Jaan_Tonisson_(Lasteleht), lk 339
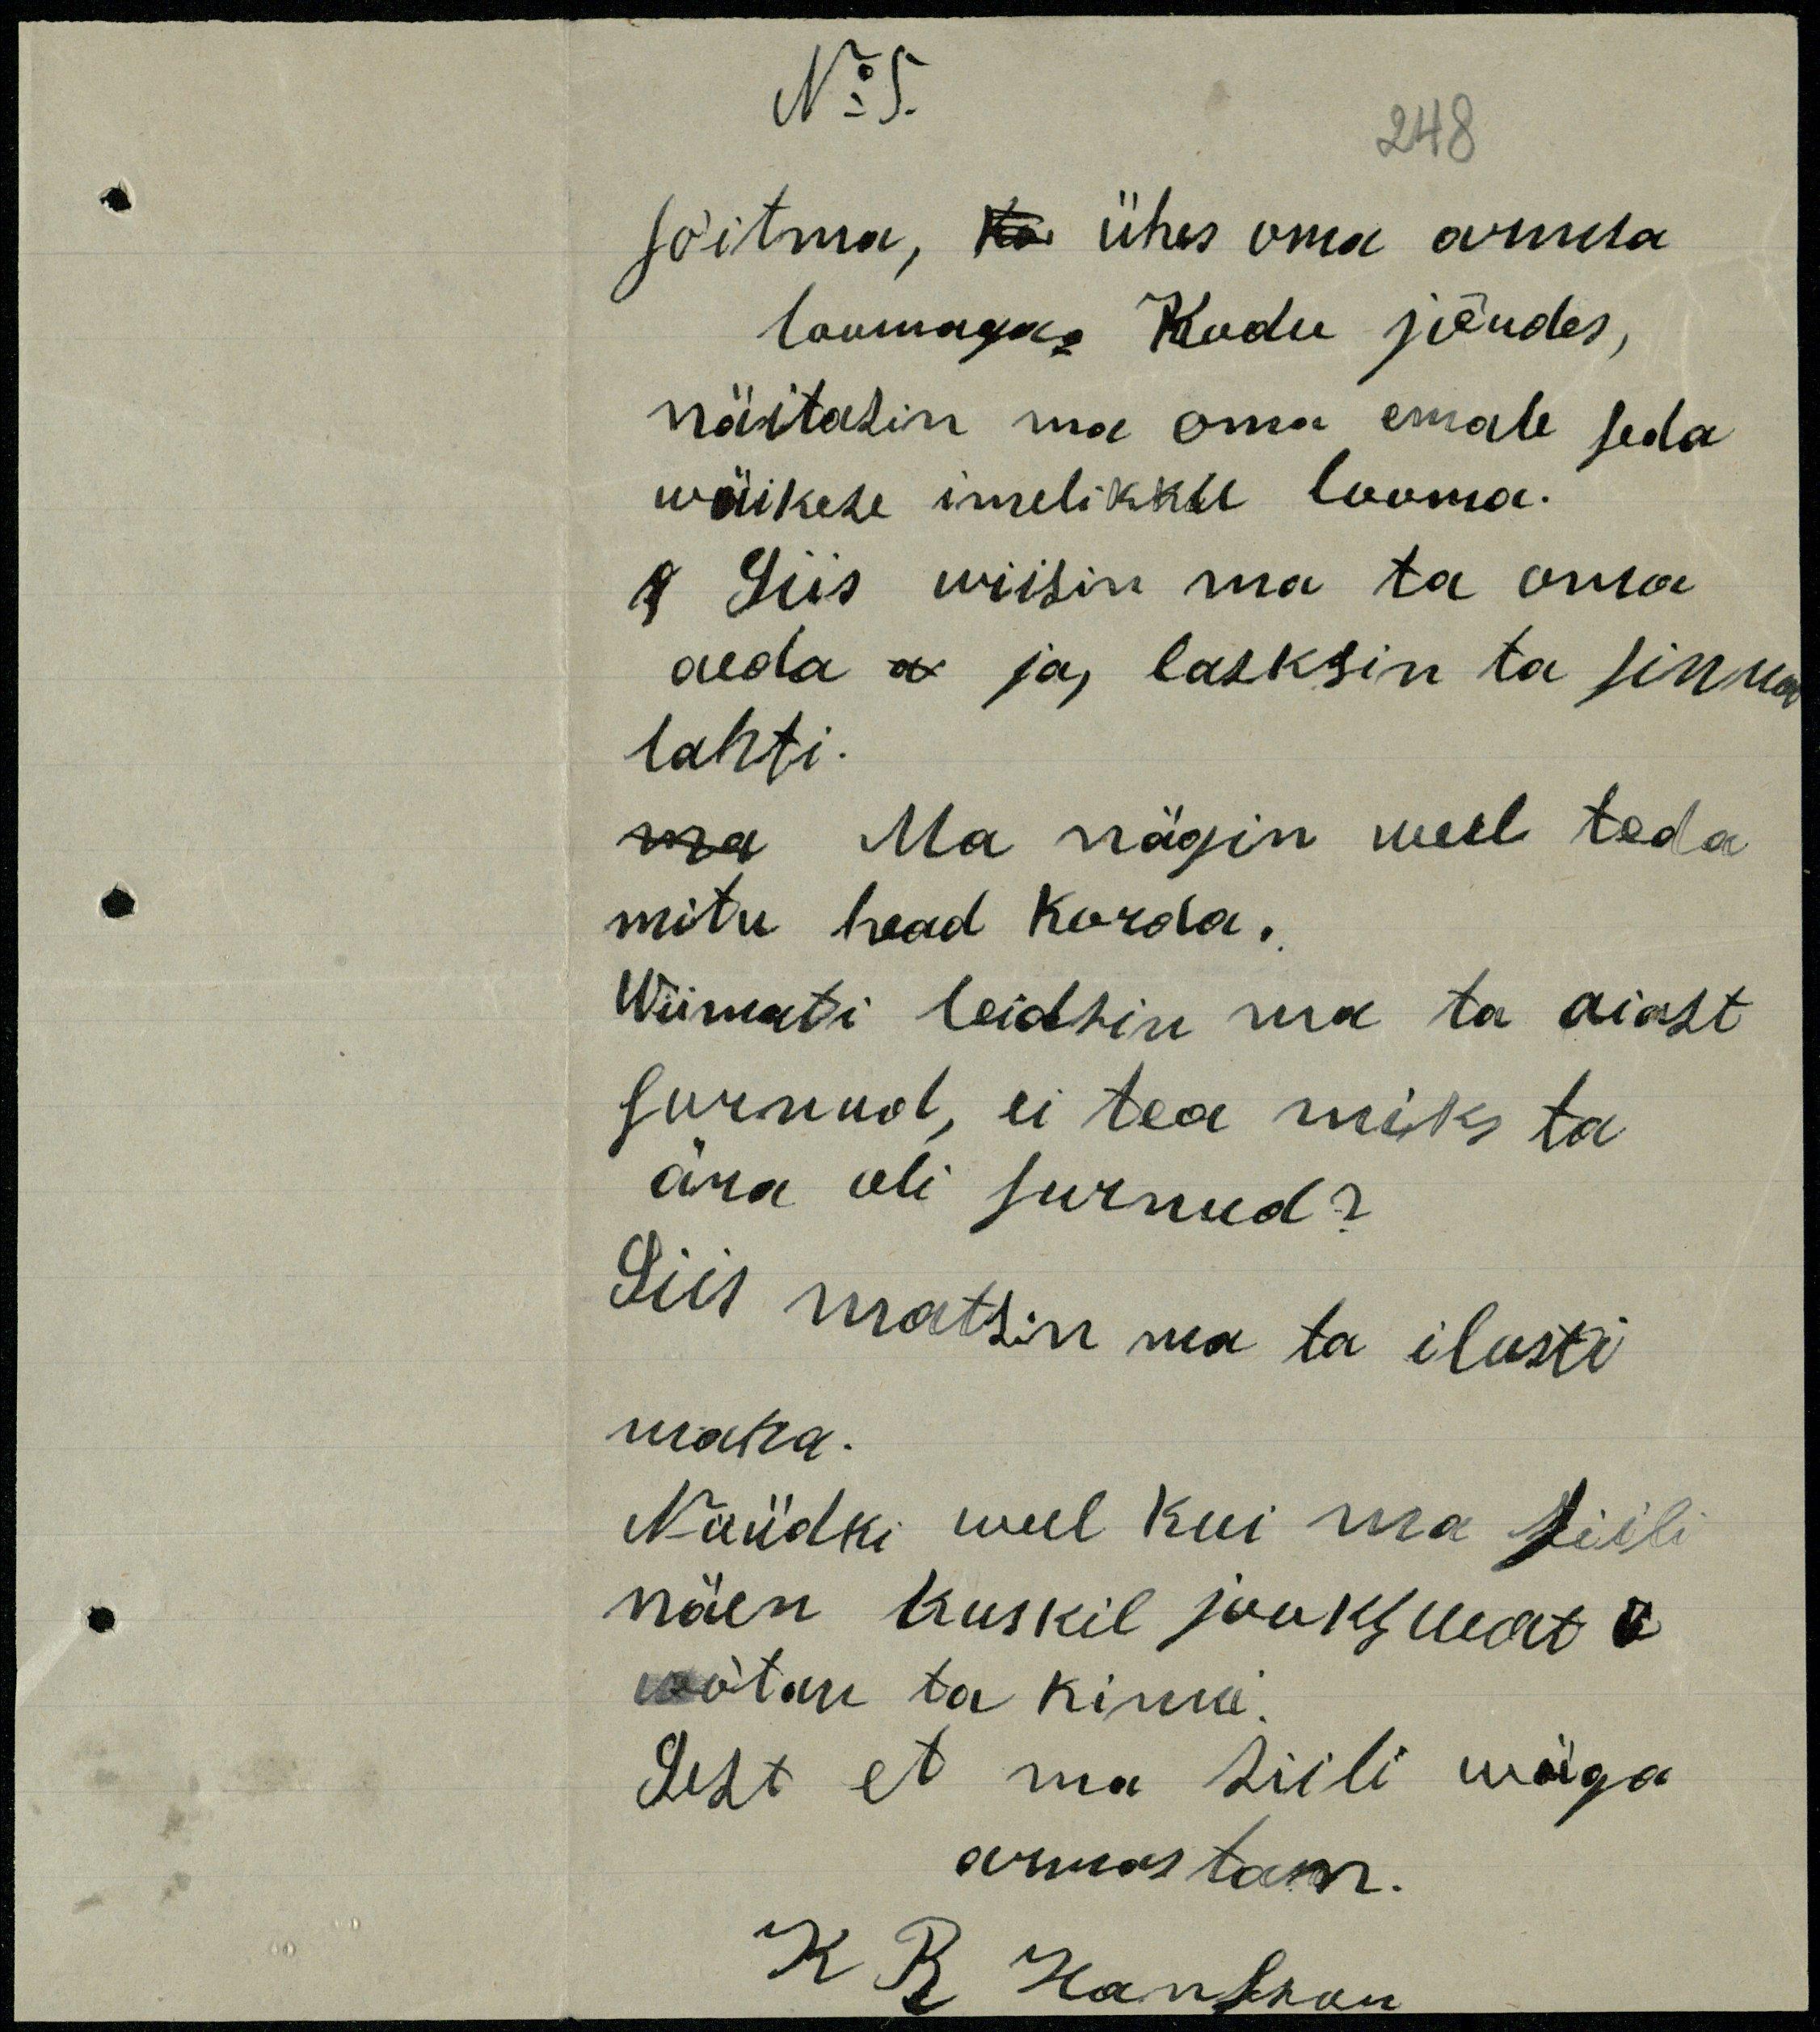
No 5
248
sõitma, ka ühes oma armsa
loomaga Kodu jõudes,
näitasin ma oma emale seda
wäikest imelikku looma.
Siis wiisin ma ta oma
aeda ja lasksin ta sinna
lahti.
Ma nägin weel teda
mitu head korda.
Wiimati leidsin ma ta aiast
surnud, ei tea miks ta
ära oli surnud?
Siis matsin ma ta ilusti
maha.
Nüüdki weel kui ma siili
näen kuskil jookswat
wõtan ta kinni.
Sest et ma siili wäga
armastan.
K R. Hansman